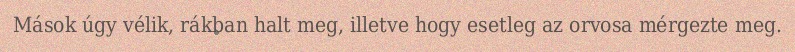
Mások úgy vélik, rákban halt meg, illetve hogy esetleg az orvosa mérgezte meg.